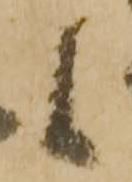
候